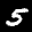
Label: 5